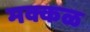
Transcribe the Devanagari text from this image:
मक्कळ